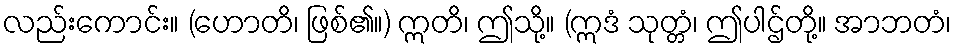
လည်းကောင်း။ (ဟောတိ၊ ဖြစ်၏။) ဣတိ၊ ဤသို့။ (ဣဒံ သုတ္တံ၊ ဤပါဌ်တို့။ အာဘတံ၊